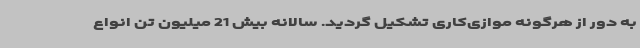
به دور از هرگونه موازی‌کاری تشکیل گردید. سالانه بیش 21 میلیون تن انواع